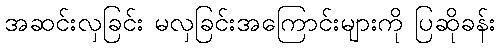
အဆင်းလှခြင်း မလှခြင်းအကြောင်းများကို ပြဆိုခန်း